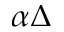
\alpha \Delta